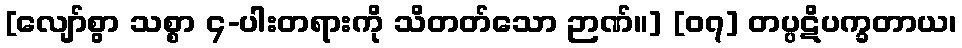
[လျော်စွာ သစ္စာ ၄-ပါးတရားကို သိတတ်သော ဉာဏ်။] [၀၇] တပ္ပဋိပက္ခတာယ၊